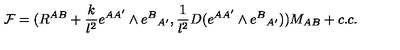
{ \cal F } = ( R ^ { A B } + { \frac { k } { l ^ { 2 } } } e ^ { A A ^ { \prime } } \wedge e ^ { B } { } _ { A ^ { \prime } } , { \frac { 1 } { l ^ { 2 } } } D ( e ^ { A A ^ { \prime } } \wedge e ^ { B } { } _ { A ^ { \prime } } ) ) M _ { A B } + c . c .